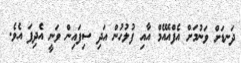
ދަނޑަށް ވަނުމަށް އެފްއޭއެމް އާއި ފުލުހުން އަދި ސިފައިން ވަނީ އެދިފަ އެވެ.